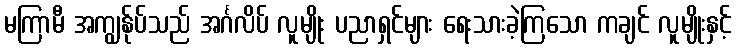
မကြာမီ အကျွန်ုပ်သည် အင်္ဂလိပ် လူမျိုး ပညာရှင်များ ရေးသားခဲ့ကြသော ကချင် လူမျိုးနှင့်